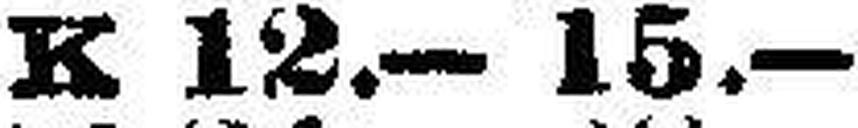
K 12.—15.—